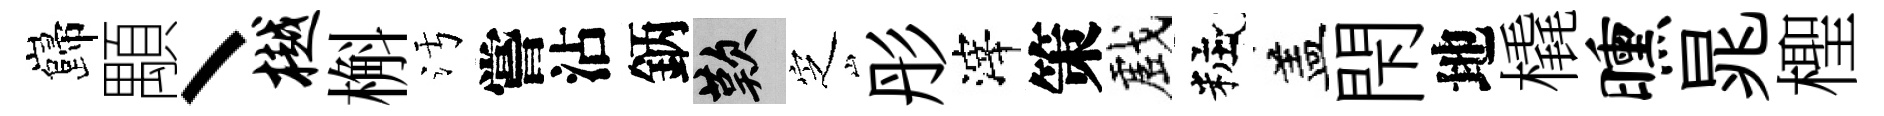
巋顒丶樾槲污嘗沾鈵嘆㝎彤滓策戲粧盖閇地橇曛晁檉